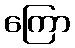
ကြော